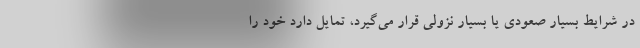
در شرایط بسیار صعودی یا بسیار نزولی قرار می‌گیرد، تمایل دارد خود را